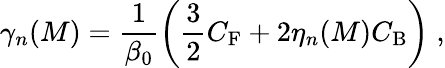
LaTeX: \gamma_{n}(M)=\frac{1}{\beta_{0}}\left(\frac{3}{2}C_{\mathrm{F}}+2\eta_{n}(M)C_{\mathrm{B}}\right)\; ,